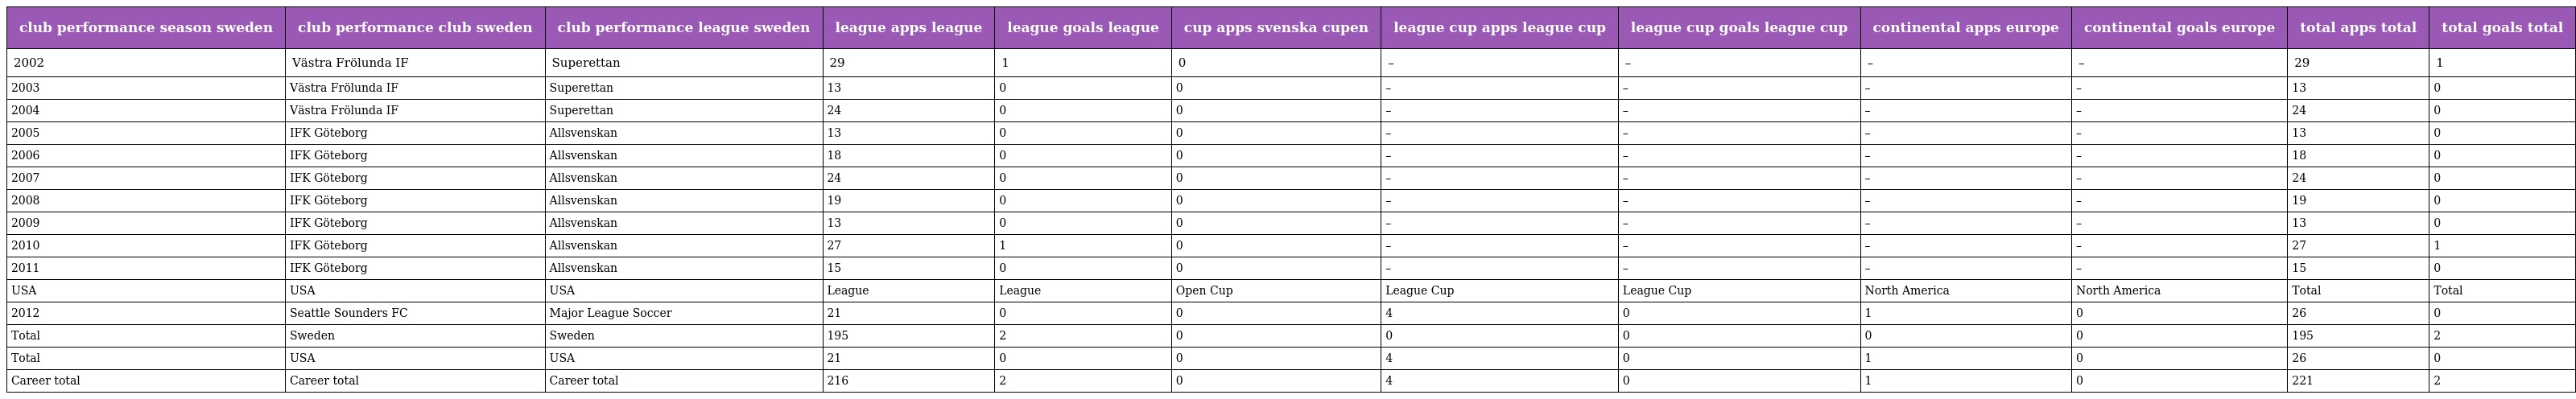
| club performance season sweden | club performance club sweden | club performance league sweden | league apps league | league goals league | cup apps svenska cupen | league cup apps league cup | league cup goals league cup | continental apps europe | continental goals europe | total apps total | total goals total |
 | --- | --- | --- | --- | --- | --- | --- | --- | --- | --- | --- | --- |
 | 2002 | Västra Frölunda IF | Superettan | 29 | 1 | 0 | – | – | – | – | 29 | 1 |
 | 2003 | Västra Frölunda IF | Superettan | 13 | 0 | 0 | – | – | – | – | 13 | 0 |
 | 2004 | Västra Frölunda IF | Superettan | 24 | 0 | 0 | – | – | – | – | 24 | 0 |
 | 2005 | IFK Göteborg | Allsvenskan | 13 | 0 | 0 | – | – | – | – | 13 | 0 |
 | 2006 | IFK Göteborg | Allsvenskan | 18 | 0 | 0 | – | – | – | – | 18 | 0 |
 | 2007 | IFK Göteborg | Allsvenskan | 24 | 0 | 0 | – | – | – | – | 24 | 0 |
 | 2008 | IFK Göteborg | Allsvenskan | 19 | 0 | 0 | – | – | – | – | 19 | 0 |
 | 2009 | IFK Göteborg | Allsvenskan | 13 | 0 | 0 | – | – | – | – | 13 | 0 |
 | 2010 | IFK Göteborg | Allsvenskan | 27 | 1 | 0 | – | – | – | – | 27 | 1 |
 | 2011 | IFK Göteborg | Allsvenskan | 15 | 0 | 0 | – | – | – | – | 15 | 0 |
 | USA | USA | USA | League | League | Open Cup | League Cup | League Cup | North America | North America | Total | Total |
 | 2012 | Seattle Sounders FC | Major League Soccer | 21 | 0 | 0 | 4 | 0 | 1 | 0 | 26 | 0 |
 | Total | Sweden | Sweden | 195 | 2 | 0 | 0 | 0 | 0 | 0 | 195 | 2 |
 | Total | USA | USA | 21 | 0 | 0 | 4 | 0 | 1 | 0 | 26 | 0 |
 | Career total | Career total | Career total | 216 | 2 | 0 | 4 | 0 | 1 | 0 | 221 | 2 |